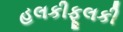
હલકીફૂલકી